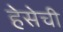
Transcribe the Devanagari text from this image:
हेसेची